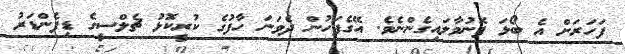
ފަހަރަށް އެ ބޯޅަ ފޮނުވާލައިގެންނެވެ. އޭގެފަހުން ދެވަނަ ހާފުގެ ކުރީކޮޅު ޗެލްސީގެ ޑިފެންޑަރު